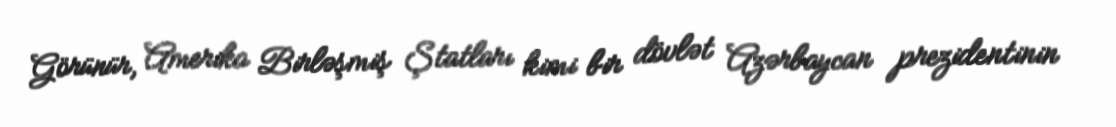
Görünür, Amerika Birləşmiş Ştatları kimi bir dövlət Azərbaycan prezidentinin